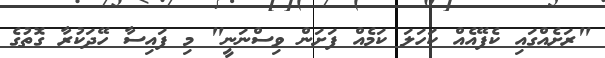
"ރަށެއްގައި ކެފޭއެއް ކަހަލަ ކަމެއް ފަށަން ވިސްނަނީ" މި ފައިސާ ހޭދަކުރާ ގޮތުގެ